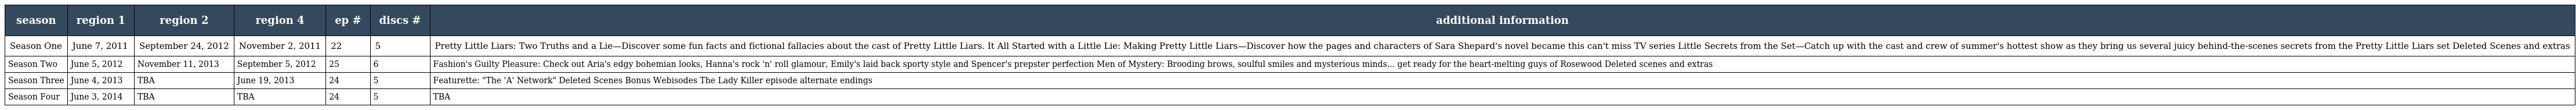
| season | region 1 | region 2 | region 4 | ep # | discs # | additional information |
 | --- | --- | --- | --- | --- | --- | --- |
 | Season One | June 7, 2011 | September 24, 2012 | November 2, 2011 | 22 | 5 | Pretty Little Liars: Two Truths and a Lie—Discover some fun facts and fictional fallacies about the cast of Pretty Little Liars. It All Started with a Little Lie: Making Pretty Little Liars—Discover how the pages and characters of Sara Shepard's novel became this can't miss TV series Little Secrets from the Set—Catch up with the cast and crew of summer's hottest show as they bring us several juicy behind-the-scenes secrets from the Pretty Little Liars set Deleted Scenes and extras |
 | Season Two | June 5, 2012 | November 11, 2013 | September 5, 2012 | 25 | 6 | Fashion's Guilty Pleasure: Check out Aria's edgy bohemian looks, Hanna's rock 'n' roll glamour, Emily's laid back sporty style and Spencer's prepster perfection Men of Mystery: Brooding brows, soulful smiles and mysterious minds... get ready for the heart-melting guys of Rosewood Deleted scenes and extras |
 | Season Three | June 4, 2013 | TBA | June 19, 2013 | 24 | 5 | Featurette: "The 'A' Network" Deleted Scenes Bonus Webisodes The Lady Killer episode alternate endings |
 | Season Four | June 3, 2014 | TBA | TBA | 24 | 5 | TBA |